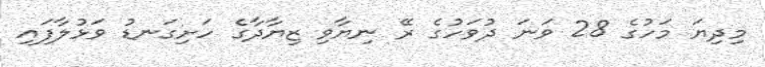
މިދިޔަ މަހުގެ 28 ވަނަ ދުވަހުގެ ރޭ ނިޔާވި ޒިޔާދާގެ ހަށިގަނޑު ވަޅުލާފައި